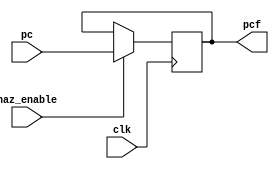
/*
 * PC register - the location of the current instruction in memory
 */
module PC (input [31:0] pc, input haz_enable, input clk, output reg [31:0] pcf);

initial begin
  pcf <= 32'h00400020;
end

always @(posedge clk) begin
  if (haz_enable == 1) begin
    pcf <= pc;
  end
end

endmodule